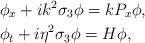
LaTeX: \begin{align*}&\phi_x+ik^2\sigma_3\phi=kP_x\phi,\\&\phi_t+i\eta^2\sigma_3\phi=H\phi,\end{align*}